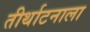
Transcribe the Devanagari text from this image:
तीर्थाटनाला